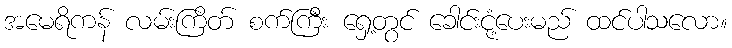
အမေရိကန် လမ်းကြိတ် စက်ကြီး ရှေ့တွင် ခေါင်းငုံ့ပေးမည် ထင်ပါသလော။